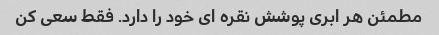
مطمئن هر ابری پوشش نقره ای خود را دارد. فقط سعی کن